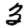
Digit: 3